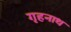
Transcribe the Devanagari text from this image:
गृहनाथ